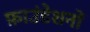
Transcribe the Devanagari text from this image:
फ़ाउंडेशनों